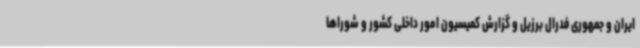
ایران و جمهوری فدرال برزیل و گزارش کمیسیون امور داخلی کشور و شوراها